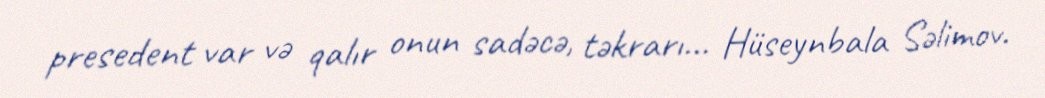
presedent var və qalır onun sadəcə, təkrarı... Hüseynbala Səlimov.